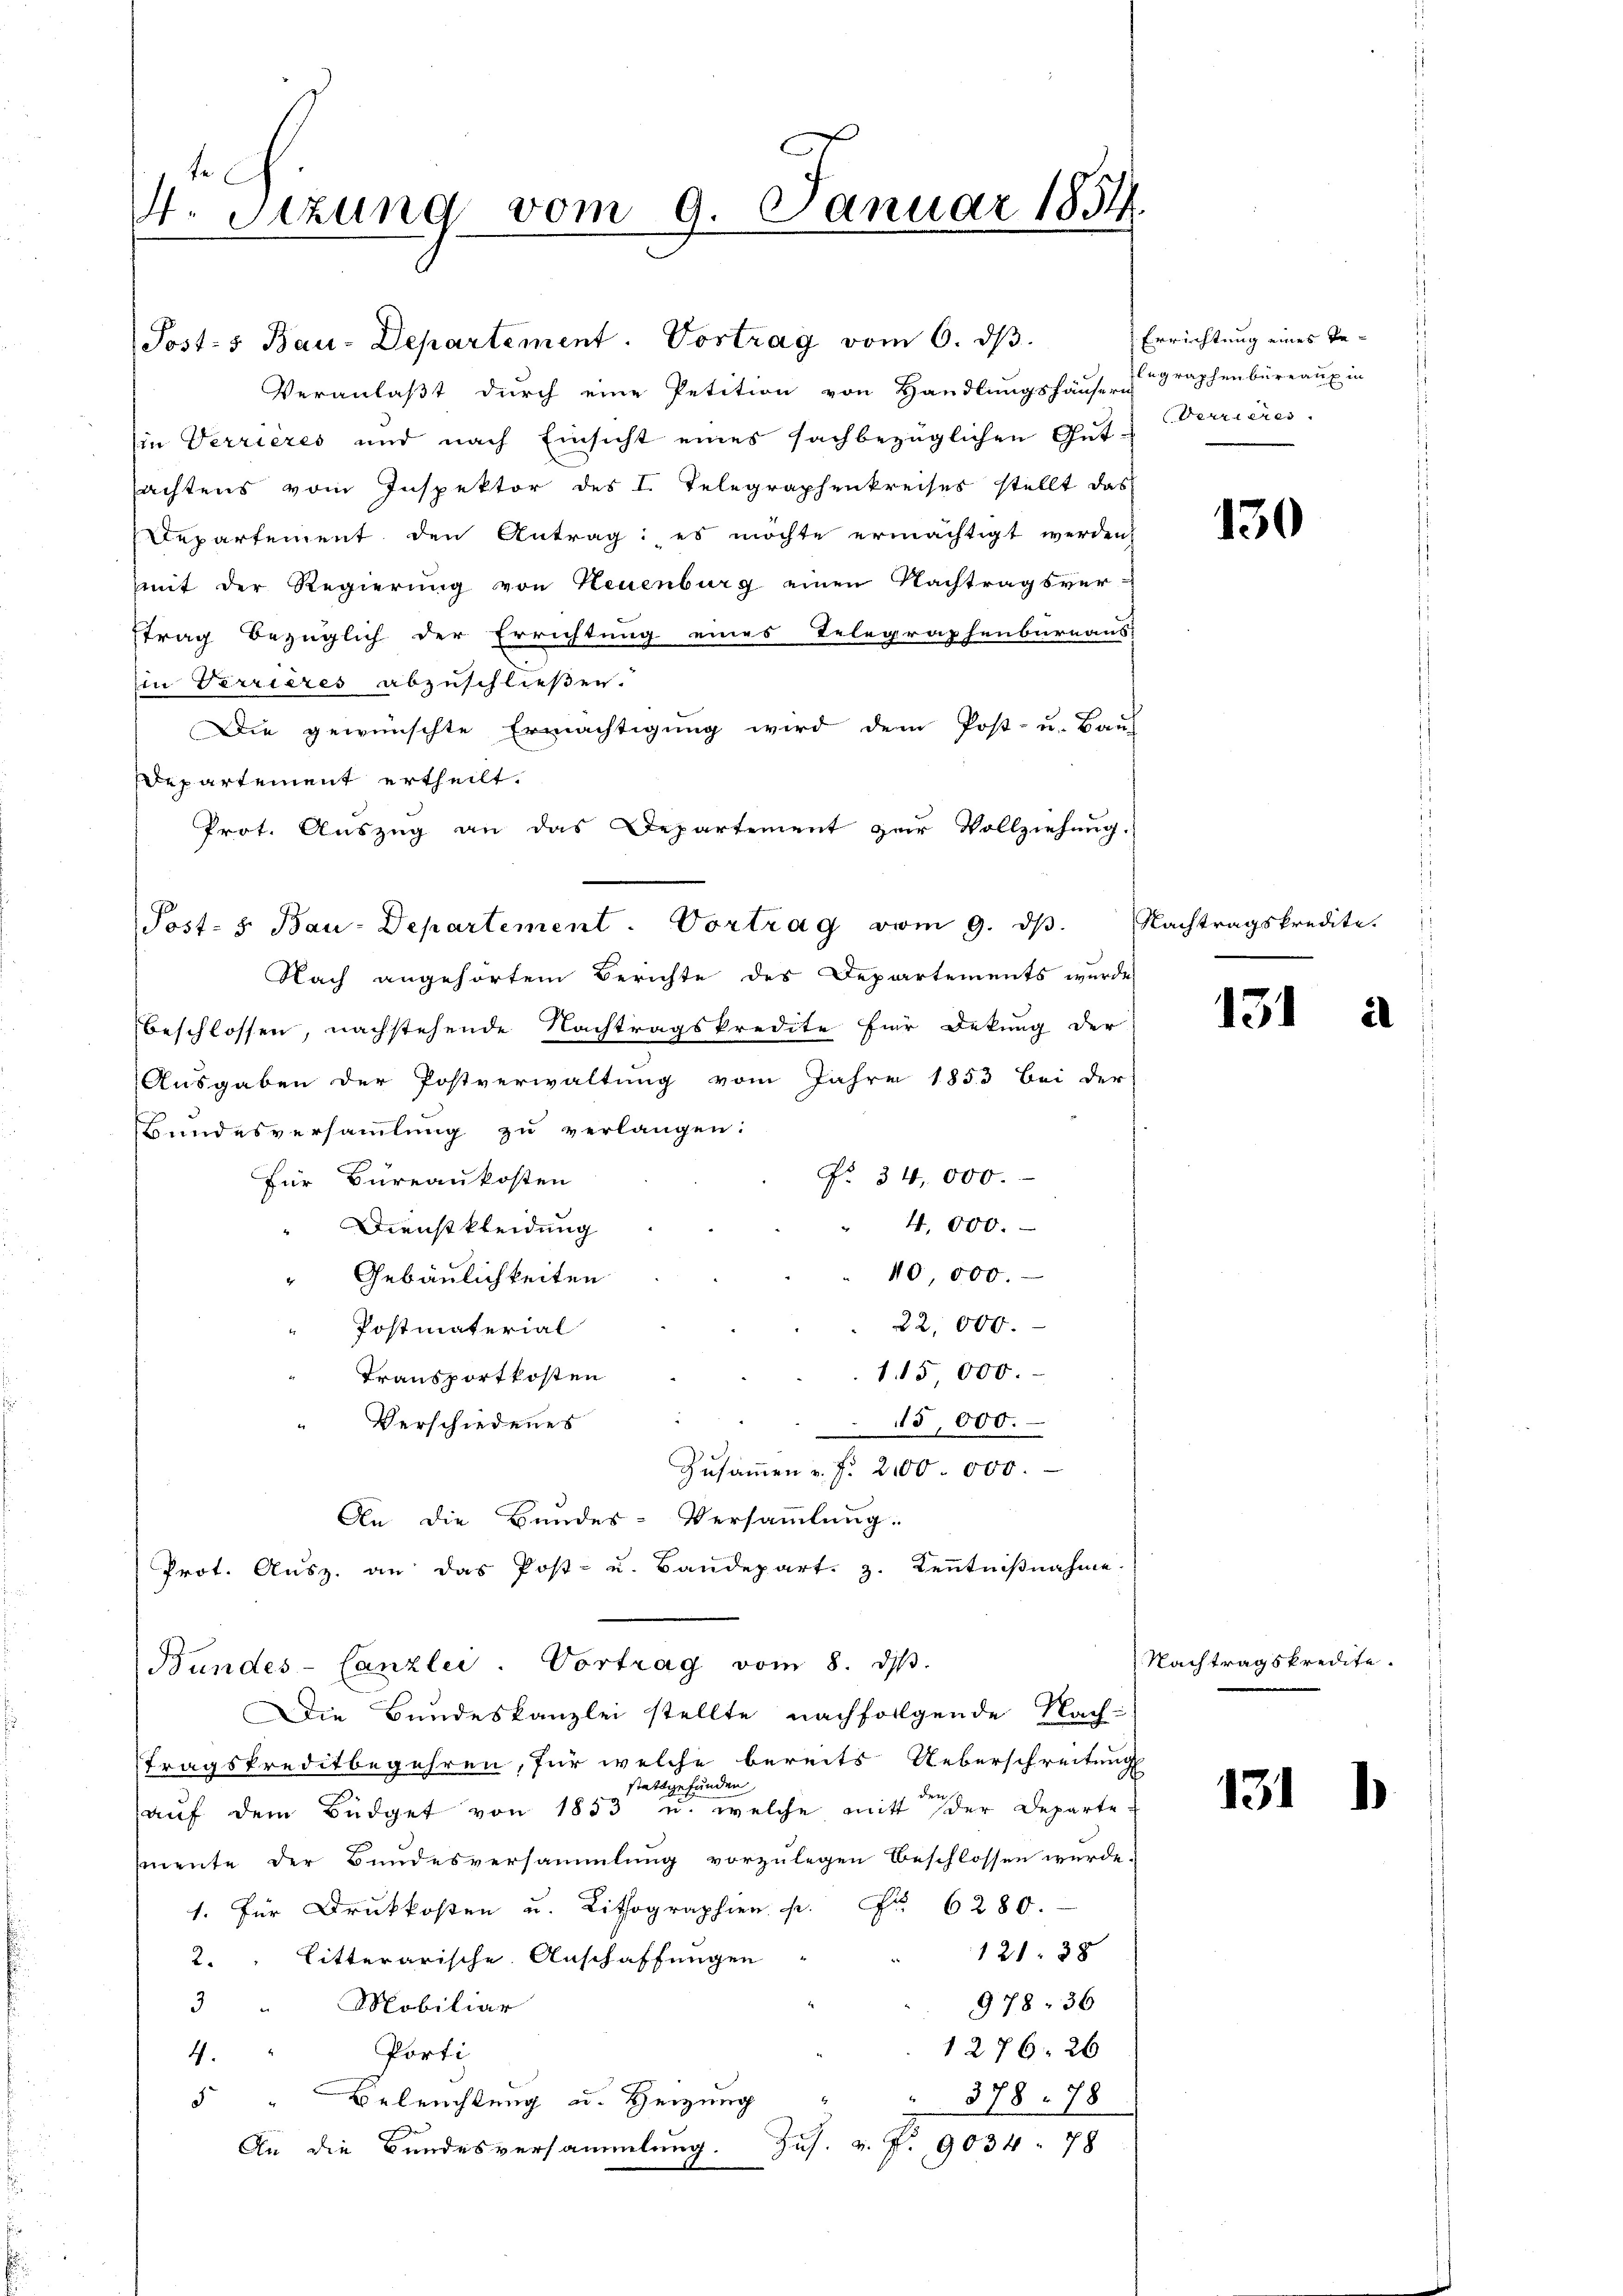
4. Sitzung vom 9. Januar 1854.

Posts Bau-Departement. Vortrag vom 6. dβ.
Veranlaβt dŭrch eine Petition von Handlŭngshause graphenbüreaŭ in
(in Verrieres und nach Einsicht eines sachbezüglichen Gutachtens vom Inspektor des I. Telegraphenkreises stellt das
Repartement den Antrag: es möchte ermächtigt werden,
mit der Regierung von Neuenburg einen Nachtragsvertrag bezüglich der Errichtung eines Telegraphenbureaus
in Terrières abzuschließen.
Die gewünschte Ermächtigung wird dem Post- u. Baus
Departement ertheilt.
Prot. Auszug an das Departement zur Vollziehung.
Nach angehörtem Berichte des Departements wurde
beschlossen, nachstehende Nachtragskredite für Dekung der
Ausgaben der Postverwaltung vom Jahre 1853 bei der
Bundesversammlung zu verlangen:
No. 34,000.
Für Büreaukosten
4.000.
Dienstkleidung
40,000.
" Gebäulichkeiten
22,000.
Postmaterial
115,000.
Transportkosten
Verschiedenes
15,000.
Zusammen u. f. 2100.000.
An die Bundes-Versammlung:
Prot. Ausz. an das Post- u. Baudepart. 3. Kenntnißnahme.
Bundes-Canzlei- Vortrag vom 8. d.
Die Bundeskanzlei stellte nachfolgende Nach-
tragskreditbegehren, für welche bereits Ueberschreitung
stattgefunden
der
aŭf dem Büdget von 1853 u. welche mit der Departe
mente der Bundesversammlung vorzulegen beschlossen würde.
1. für Druckkosten u. Lithographien. p. Nr. 6280.
12138
2. litterarische Anschaffungen
3 " Mobiliar
978, 36
1276. 26
Porti
4.
5 " Beleuchtung u. Heizung
378. 78
Zus. v. P. 9034. 78
An die Bundesversammlung.

Post- 8. Bau-Departement. Vortrag vom 9. dβ. Nachtragskredite.

Errichtung eines Be-
Verrieres.

130

151

131

il

Nachtragskredite.

1)